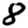
Digit: 8